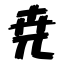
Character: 尭